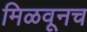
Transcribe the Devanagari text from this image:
मिळवूनच